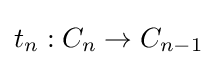
t_{n}:C_{n}\to C_{n-1}